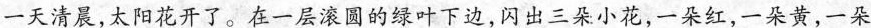
一天清晨，太阳花开了。在一层滚圆的绿叶下边，闪出三朵小花，一朵红，一朵黄，一朵